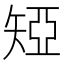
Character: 𥏝